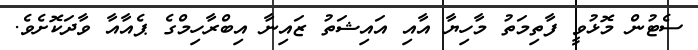
ސެޓުން މޮޅުވީ ފާތިމަތު މާހިޔާ އާއި އައިޝަތު ޒައިނާ އިބްރާހިމްގެ ޕެއާއާ ވާދަކޮށެވެ.